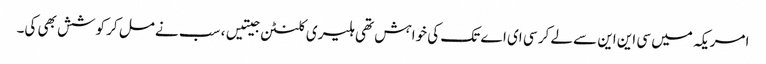
امریکہ میں سی این این سے لے کر سی ای اے تک کی خواہش تھی ہلیری کلنٹن جیتیں، سب نے مل کر کوشش بھی کی۔